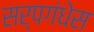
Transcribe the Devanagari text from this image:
सर्पगंधेस